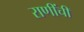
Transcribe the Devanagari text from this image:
राणींची